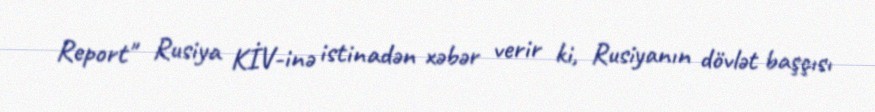
Report" Rusiya KİV-inə istinadən xəbər verir ki, Rusiyanın dövlət başçısı